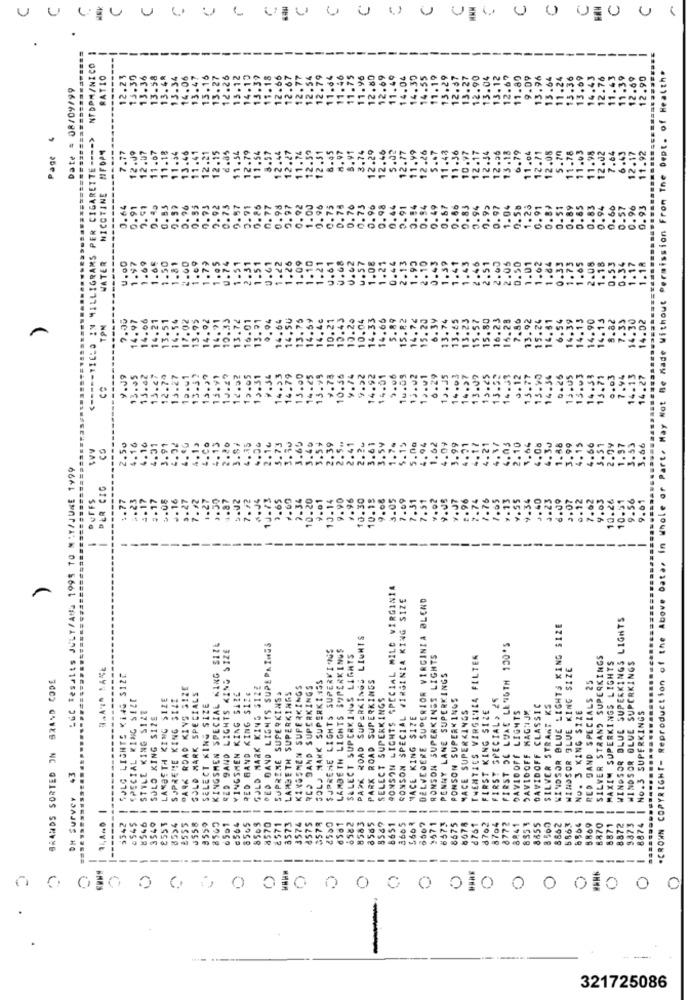
UUuuuu.
--
--------
NTDPM/NICO
.CROWN COPYRIGHT- Reproduction of the Above Data, in Whole or Part. May Not Be Made Without Permission From The Dept. of Health.
RATIO
12.23
13.30
13.36
13.58
13.48
13.34
14.06
13.47
13.16
13.27
12.26
11.18
12.66
12.67
11.75
11.96
12.80
14.04
14.30
.90
.04
3.12
1.80
13.96
3.64
11.24
13.36
13.69
14.43
12.76
11.39
.69
12.90
Date : 08/09/99
15.1
13.3
12.7
12.
12.7
11.
11.4
12.6
11.4
14.5
13.2
12.8
13.2
11.
S PER CIGARETTE ---- >
NICOTINE MFOP4
7.77
12.J9
12.07
11.07
1.18
11.54
.57
12.44
2.27
11.74
.51
.29
12.46
2.77
.99
.26
.47
11.43
11.36
10.97
12.17
6.79
12.71
12.08
5.70
11.78
Page
. 24
.46
1.41
12.21
12.15
11.54
12.34
12.56
15.18
11.04
11.03
11.98
12.02
7.64
6.43
12.17
11.92
12.
12
11
11
0.64
.91
9.51
0.85
0.57
0.76
0.55
0.75
2. 92
0.75
0.57
0.91
0.86
0.77
0.98
0.97
0.92
1.00
0.96
0.75
0.75
0.76
0.73
0.95
0.98
0.44
0.91
0.94
0.94
0.49
0.67
0. 56
0.83
0.94
0.95
0.97
1.04
0.58
1.26
0.91
0.89
0.51
0.89
0.85
0.83
0.94
0.66
0.57
0.96
0.93
WATER
.50
2.00
1.09
1.79
1.05
0.74
1.51
2.31
1.51
0.61
1.22
1.26
1.09
1.10
1.21
U.61
V.68
U.62
.57
1.08
2.13
1.93
2.10
0.43
1.39
1.41
1.43
2.00
1.01
1.62
1.84
0.33
1.65
2.08
1.18
0.34
1.17
1.97
1.6€
1.61
1.21
0.44
2.51
2.05
0.50
1.73
1.18
LIGR
14.97
13.95
14.92
14.71
10.33
13.72
16.01
13.91
9.94
14.64
14.50
13.75
4.4c
10.04
4.33
14.65
5.89
15.82
14.76
15.20
6.39
13.74
13.65
13.23
15.57
15.80
16.23
16.28
7.86
13.92
15.24
14.51
6.54
14,39
14.13
14.90
14.13
8.82
7.33
14.30
14.02
14.59
10.21
10.20
<-----
13.05
3.4
12.74
13.27
w1
13-32
15 ., 7
15.91
1J.49
12.32
13.31
%.54
14.33
14.79
13.00
14.45
13.99
9.73
10.56
9.74
9.22
14.92
14.01
5.06
1u.03
13.02
0.29
19.35
14.03
14.97
13.09
13.52
14.53
J.12
15.77
15.90
14.54
0.25
13.05
13.03
14.53
13.71
0.03
7.94
14.13
14.27
?
.co
.13
2.20
3.57
.10
.73
.40
39
.41
.20
.61
.Sy
.19
no
62
.99
. 21
. 21
10
.64
.08
.30
.38
.99
.15
.50
.32
.1>
.66
.51
.97
.33
3.06
Let mesatts JULY/ANS 1998 TO MAY/JUNE 1999
DER CIG
DUFFS
.23
.17
.17
3.05
-- 16
3.27
1.12
1.27
.87
7.72
1.73
3.65
1.69
7.34
10.20
.01
13.14
.90
.96
10.30
10.15
9.08
3.05
.09
7.31
7.51
1.02
9.08
1.37
.96
.76
7.05
7.13
.55
9.34
.40
.23
6.00
J.07
6.12
.62
1.03
10.26
10.51
9.56
.61
.. 7.
-
---
SONSON LIGHTS SPECIAL MILD VIRGINIA
-
RONSON SPECIAL VIRGINIA KING SIZE
DELVEDERE SUPERIOR VIRGINIA BLEND
WINDSOR BLUE SUPERKINGS LIGHTS
WINDSOR BLUE LIGHTS KING SIZE
PARK ROAD SUPERKINGS LIGHTS
KINGSMEN SPECIAL KING SIZE
RED 9AND LIGHTS KING SIZE
DED DAND LIGHTS SUPEPAINSS
SUPREME LIGHTS SUPERKINS
LAMBETH LIGHTS SOPERKINGS
FIRST DE LUXE LENGTH 130'S
SELECT SUPERKINGS LIGHTS
RONSON SUPERKINSS LIGHTS
THEMTICS VERGINEA FILTER
SILVER STRAND SUPERKINGS
MAXIM SUPERKINGS LIGHTS
WINDSOR BLUE KING SIZE
WINDSOR OLUE SUPERKINGS
BRANDS SORTED ON SRAND CODE
SJLG LIGHTS KING SIZE
SOLJ NAKK SUPERKI.4SS
PARK ROAD SUPERKINGS
PENNY LANE SUPERKINGS
RED GAND SPECIALS 25
====
PARK ROAD KING SIZE
WINGSMEN KING SIZE
RED BAND KING SIZE
GOLD MARK KING SIZE
LAMBETH SUPERKINGS
KINGSMEN SUPERKINGS
RED BAND SUPERKINGS
SPECIAL KING SIZE
LAMBETH KING SIZE
SUPREME KING SIZE
GOLD MARK SPECIALS
SUPRIME SUPERKINS.
SELECT SUPERKINGS
PONSON SUPERKINGS
STYLE KING S128
SELECT KING SIZE
HACE SUPERKINGS
FIRST KING SIZE
FIRST SPECIAL, 2
DAVIDOFF LIGHTS
DAVIDOFF MAGNJE
DAVIDOFF CLASSIC
SILVER STRAKT KS
NO. 3 KING SIZE
SOLO KING $12E
HACE KING SIZE
8874 | No.3 SUPERKINGS
DH Survey 43
8564 1
1
-
-
£553
-
-
---
8565
č 571
-
-
--
--
8675
8678
-
-
--
3373
3542
3540
2555
4558
9559
8565
8505
4570
3573
3574
8583
6585
2471
8772
8841
835%
8655
8560
5869
8870
8871
8872
---
----
---
----
----
----
--
--
--------
----
--
0
0
O
0
0 0 00 0 6 6 0 010 0 0 0 0 010 0 0 010 0 0
-
321725086